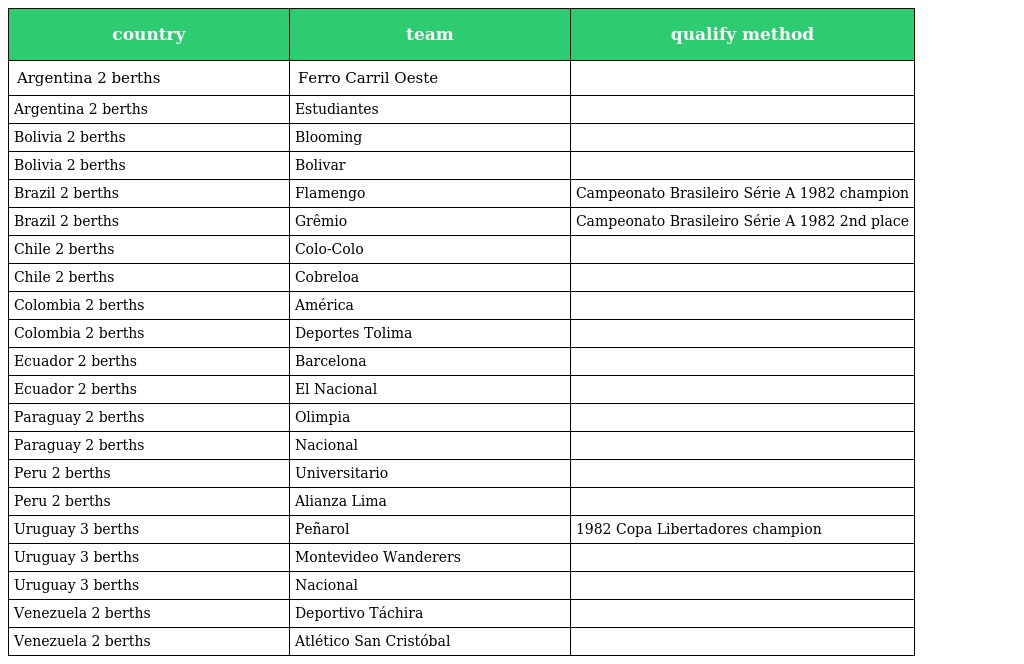
| country | team | qualify method |
 | --- | --- | --- |
 | Argentina 2 berths | Ferro Carril Oeste |  |
 | Argentina 2 berths | Estudiantes |  |
 | Bolivia 2 berths | Blooming |  |
 | Bolivia 2 berths | Bolivar |  |
 | Brazil 2 berths | Flamengo | Campeonato Brasileiro Série A 1982 champion |
 | Brazil 2 berths | Grêmio | Campeonato Brasileiro Série A 1982 2nd place |
 | Chile 2 berths | Colo-Colo |  |
 | Chile 2 berths | Cobreloa |  |
 | Colombia 2 berths | América |  |
 | Colombia 2 berths | Deportes Tolima |  |
 | Ecuador 2 berths | Barcelona |  |
 | Ecuador 2 berths | El Nacional |  |
 | Paraguay 2 berths | Olimpia |  |
 | Paraguay 2 berths | Nacional |  |
 | Peru 2 berths | Universitario |  |
 | Peru 2 berths | Alianza Lima |  |
 | Uruguay 3 berths | Peñarol | 1982 Copa Libertadores champion |
 | Uruguay 3 berths | Montevideo Wanderers |  |
 | Uruguay 3 berths | Nacional |  |
 | Venezuela 2 berths | Deportivo Táchira |  |
 | Venezuela 2 berths | Atlético San Cristóbal |  |